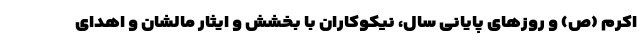
اکرم (ص) و روزهای پایانی سال، نیکوکاران با بخشش و ایثار مالشان و اهدای